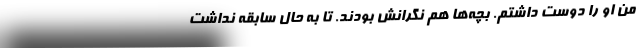
من او را دوست داشتم. بچه‌ها هم نگرانش بودند. تا به حال سابقه نداشت